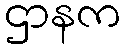
ဌာနက